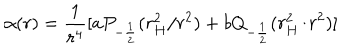
\alpha ( r ) = \frac { 1 } { r ^ { 4 } } [ a P _ { - \frac { 1 } { 2 } } ( r _ { H } ^ { 2 } / r ^ { 2 } ) + b Q _ { - \frac { 1 } { 2 } } ( r _ { H } ^ { 2 } / r ^ { 2 } ) ]